Vabadussoja_Ajaloo_Komitee, lk 22
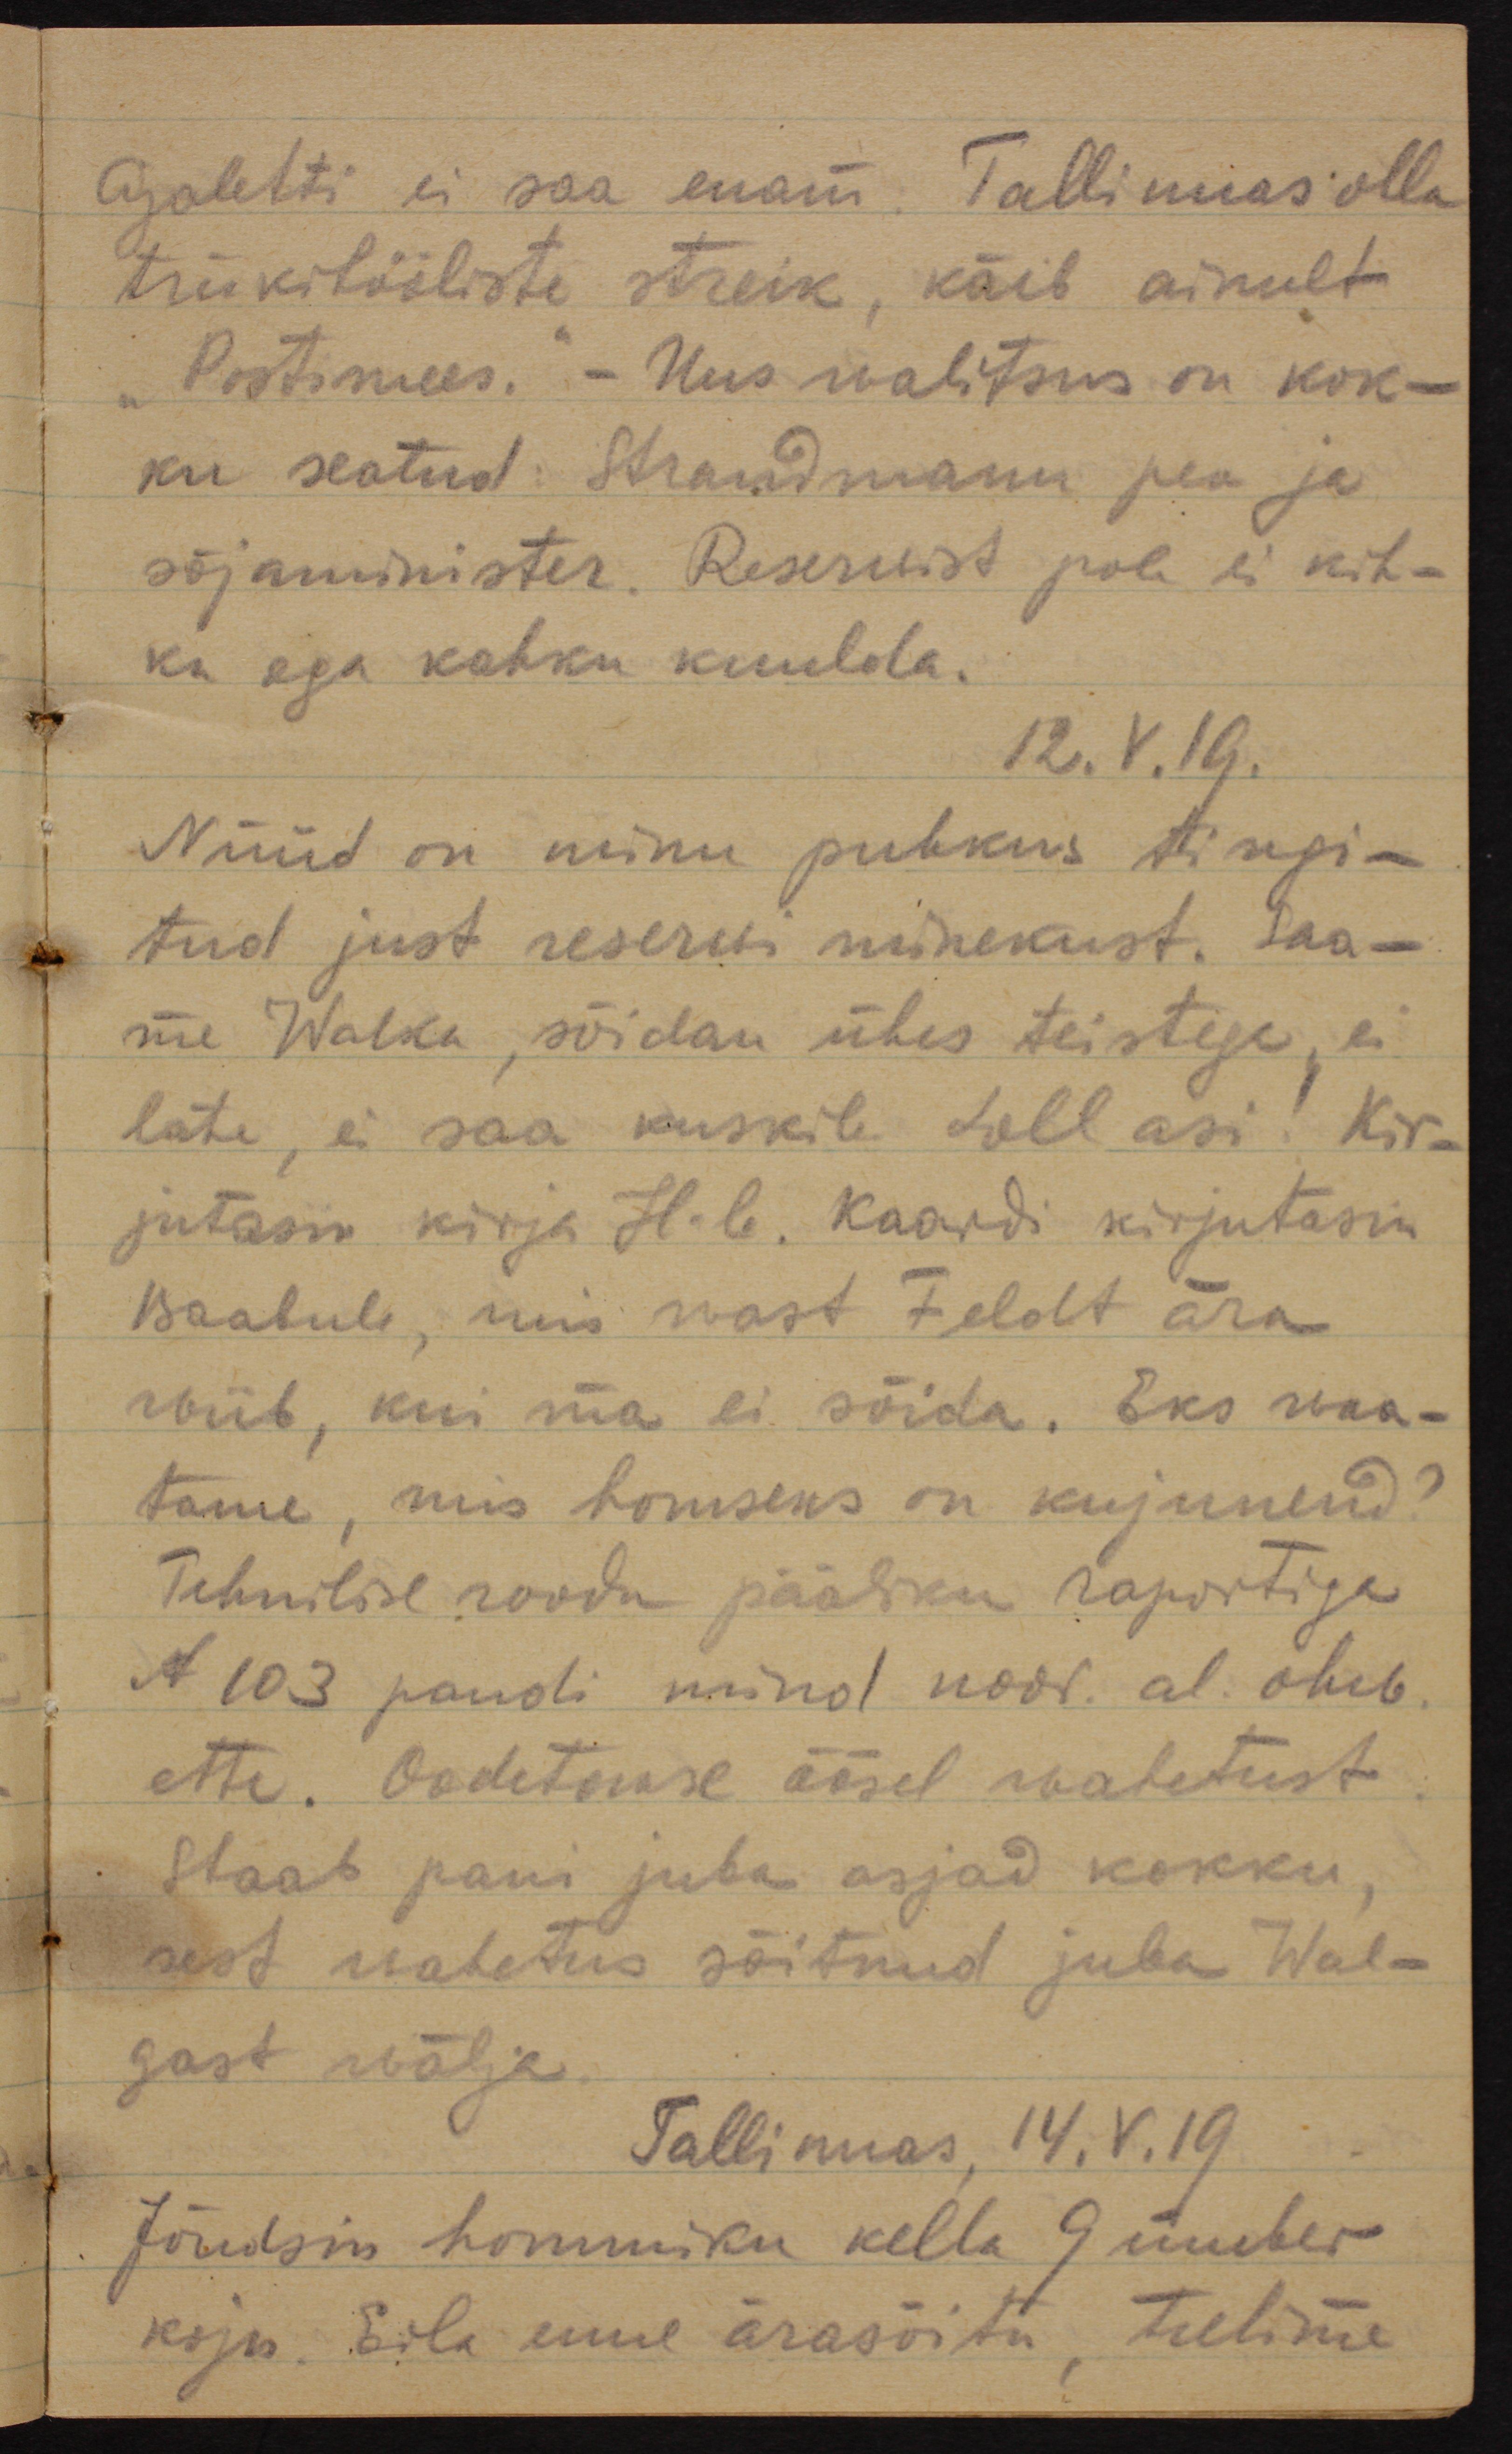
Ajalehti ei saa enam. Tallinnas olla
trükitööliste streik, käib ainult
"Postimees." - Uus walitsus on kok-
ku seatud: Strandmann pea ja
sõjaminister. Reserwist pole ei kih-
ku ega kahku kuulda.
12.V.19.
Nüüd on minu puhkus tingi-
tud just reserwi minekust. Saa-
me Walka, sõidan ühes teistega, ei
lähe, ei saa kuskile loll asi! Kir-
jutasin kirja H-le. Kaardi kirjutasin
Baabule, mis wast Feldt ära
wiib, kui ma ei sõida. Eks waa-
tame, mis homseks on kujunenud?
Tehnilise roodu pääliku raportiga
N 103 pandi mind noor. al. ohw.
ette. Oodetakse öösel wahetust.
Staab pani juba asjad kokku,
sest wahetus sõitnud juba Wal-
gast wälja.
Tallinnas, 14.V.19
Jõudsin hommiku kella 9 ümber
koju. Eila enne ärasõitu tulime